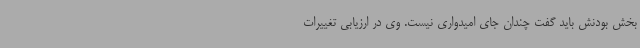
بخش بودنش باید گفت چندان جای امیدواری نیست. وی در ارزیابی تغییرات